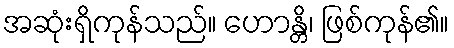
အဆုံးရှိကုန်သည်။ ဟောန္တိ၊ ဖြစ်ကုန်၏။